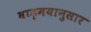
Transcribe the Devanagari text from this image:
वाड्मयानुसार